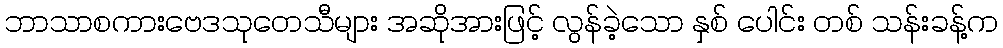
ဘာသာစကားဗေဒသုတေသီများ အဆိုအားဖြင့် လွန်ခဲ့သော နှစ် ပေါင်း တစ် သန်းခန့်က